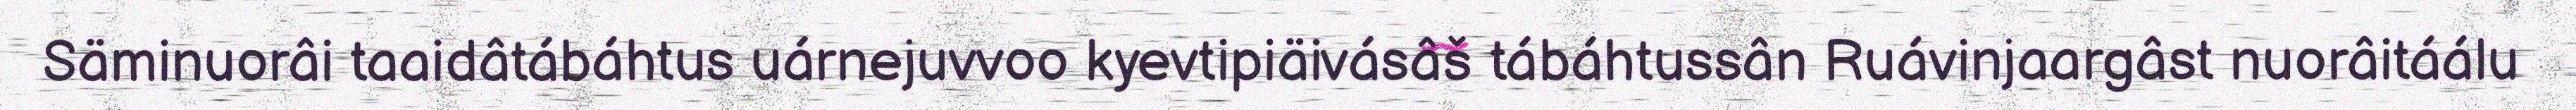
Säminuorâi taaidâtábáhtus uárnejuvvoo kyevtipiäivásâš tábáhtussân Ruávinjaargâst nuorâitáálu